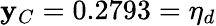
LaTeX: \mathbf{y}_{C}=0.2793=\eta_{d}